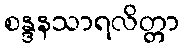
စန္ဒနသာရလိတ္တာ